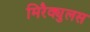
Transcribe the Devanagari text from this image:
मिरैक्युलस